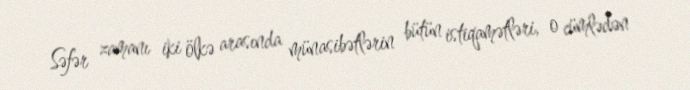
Səfər zamanı iki ölkə arasında münasibətlərin bütün istiqamətləri, o cümlədən